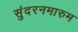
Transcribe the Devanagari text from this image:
सुंदरनमारुम